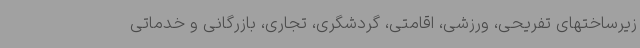
زیرساختهای تفریحی، ورزشی، اقامتی، گردشگری، تجاری، بازرگانی و خدماتی